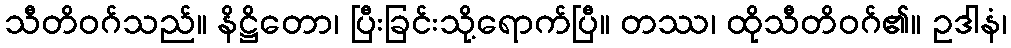
သီတိဝဂ်သည်။ နိဋ္ဌိတော၊ ပြီးခြင်းသို့ရောက်ပြီ။ တဿ၊ ထိုသီတိဝဂ်၏။ ဥဒါနံ၊